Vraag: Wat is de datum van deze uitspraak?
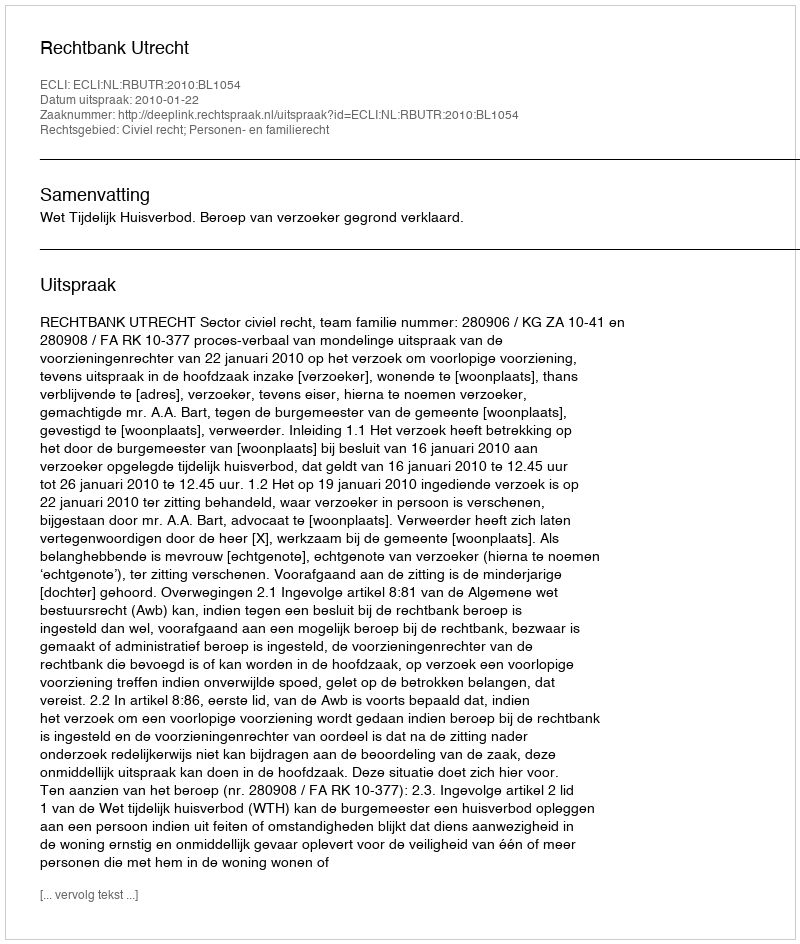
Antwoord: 2010-01-22